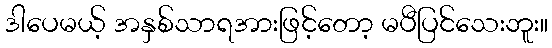
ဒါပေမယ့် အနှစ်သာရအားဖြင့်တော့ မပီပြင်သေးဘူး။